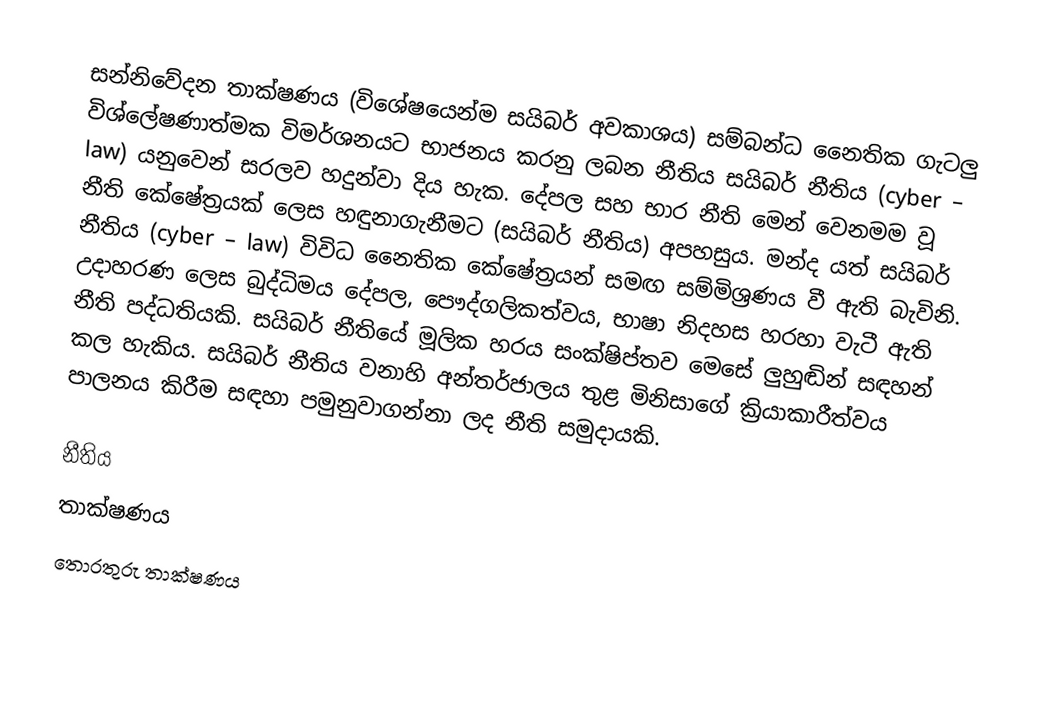
සන්නිවේදන තාක්ෂණය (විශේෂයෙන්ම සයිබර් අවකාශය) සම්බන්ධ නෛතික ගැටලු විශ්ලේෂණාත්මක විමර්ශනයට භාජනය කරනු ලබන නීතිය සයිබර් නීතිය (cyber – law) යනුවෙන් සරලව හදුන්වා දිය හැක. දේපල සහ භාර නීති මෙන් වෙනමම වූ නීති කේෂේත්‍රයක් ලෙස හඳුනාගැනීමට (සයිබර් නීතිය) අපහසුය. මන්ද යත් සයිබර් නීතිය (cyber – law) විවිධ නෛතික කේෂේත්‍රයන් සමඟ සම්මිශ්‍රණය වී ඇති බැවිනි. උදාහරණ ලෙස බුද්ධිමය දේපල, පෞද්ගලිකත්වය, භාෂා නිදහස හරහා වැටී ඇති නීති පද්ධතියකි. සයිබර් නීතියේ මූලික හරය සංක්ෂිප්තව මෙසේ ලුහුඬින් සඳහන් කල හැකිය. සයිබර් නීතිය වනාහි අන්තර්ජාලය තුළ මිනිසාගේ ක්‍රියාකාරීත්වය පාලනය කිරීම සඳහා පමුනුවාගන්නා ලද නීති සමුදායකි.

නීතිය
තාක්ෂණය
තොරතුරු තාක්ෂණය